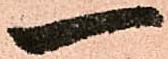
一